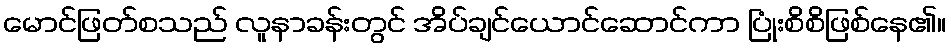
မောင်ဖြတ်စသည် လူနာခန်းတွင် အိပ်ချင်ယောင်ဆောင်ကာ ပြုံးစိစိဖြစ်နေ၏။